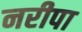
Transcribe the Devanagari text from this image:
नरीपा